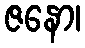
ဇနော၊